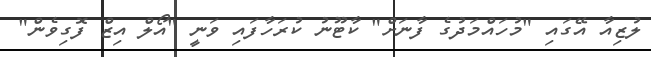
ލުޒިއާ އޭގައި "މުހައްމަދުގެ ފާނަށް" ކާޓޫނު ކުރަހާފައި ވަނީ "އޯލް އިޒް ފޮގިވެން"